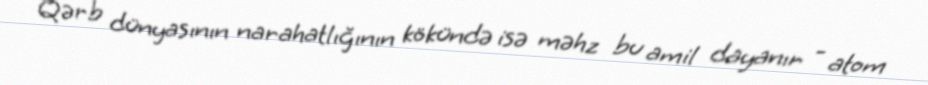
Qərb dünyasının narahatlığının kökündə isə məhz bu amil dayanır - atom